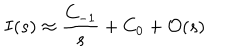
I ( s ) \approx \frac { C _ { - 1 } } { s } + C _ { 0 } + \mathcal { O } ( s )